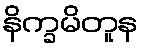
နိက္ခမိတူန